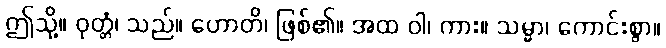
ဤသို့။ ဝုတ္တံ၊ သည်။ ဟောတိ၊ ဖြစ်၏။ အထ ဝါ၊ ကား။ သမ္မာ၊ ကောင်းစွာ။